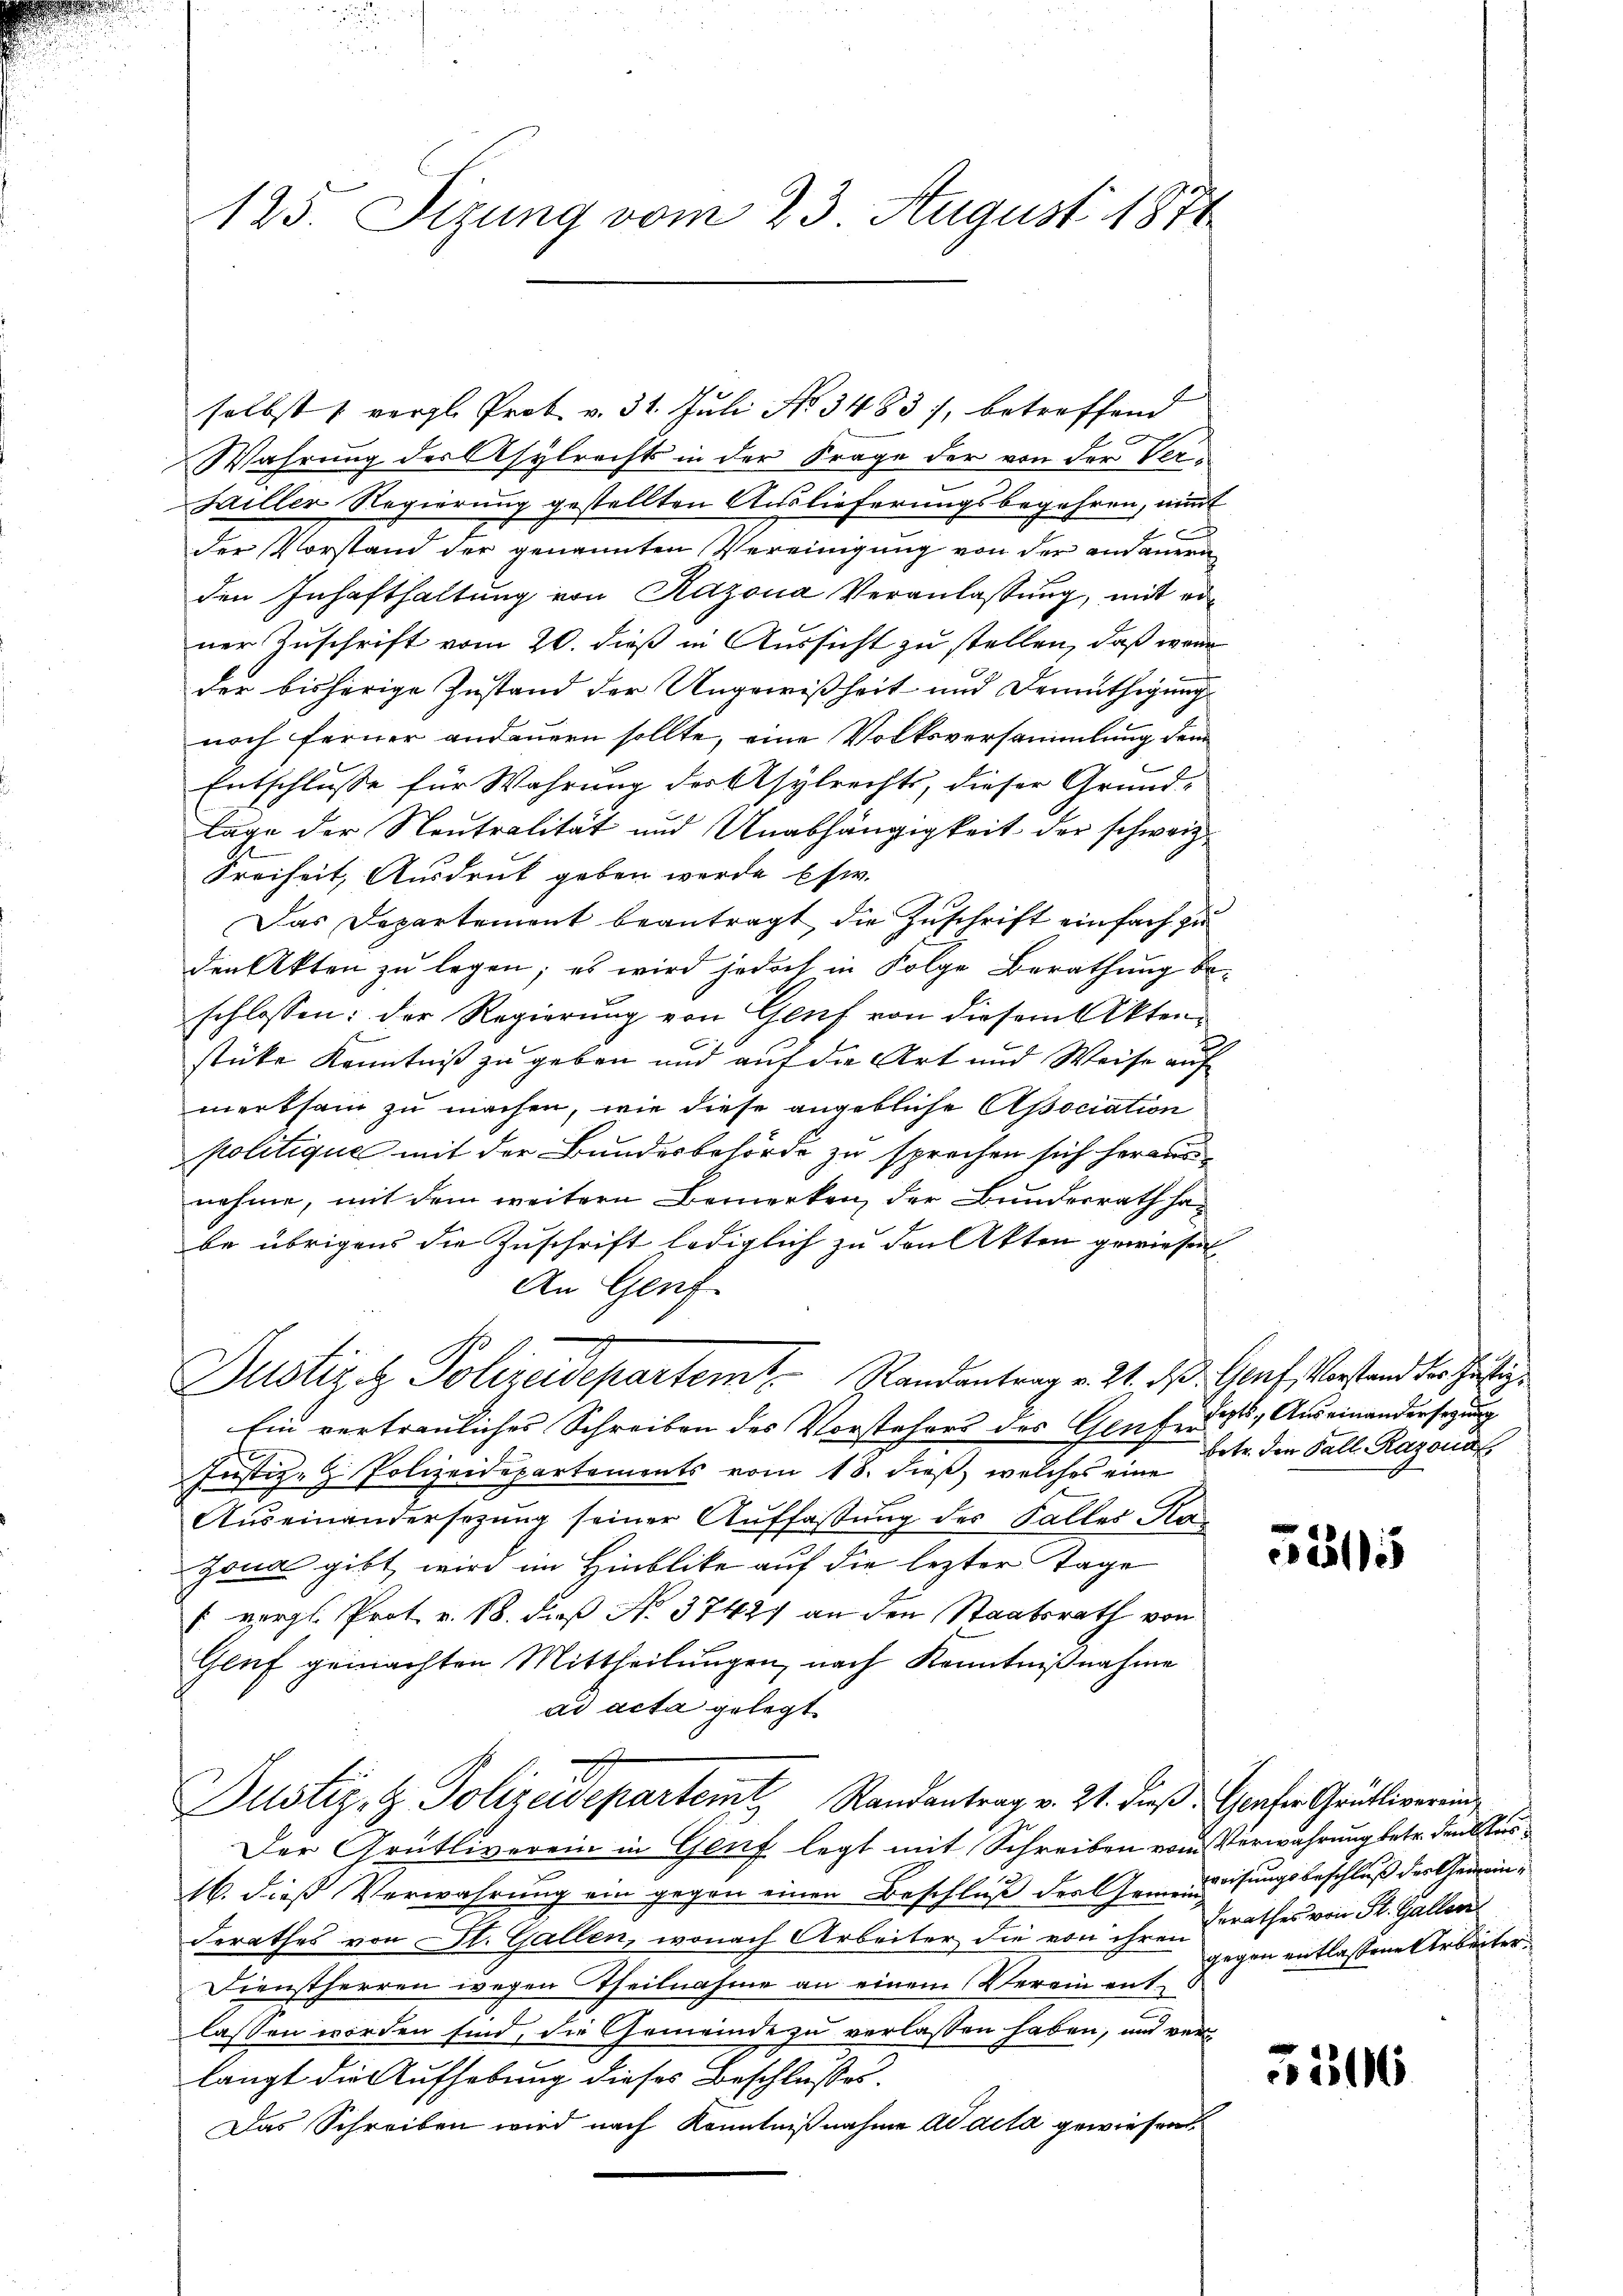
125. Sizung vom 23. August 1871

selbst 1 vergl. Prot. v. 31. Juli No 3483), betreffend
Wahrung des Asylrechts in der Frage der von der Verhailler Regierung gestellten Auslieferungsbegehren, nimmt
der Vorstand der genannten Vereinigung von der andauern
den Inhafthaltung von Razona Veranlassung, mit erner Zuschrift vom 20. dieß in Aussicht zu stellen, daß wenn
der bisherige Zustand der Ungewißheit und Demüthigung
noch ferner andauern sollte, eine Volksversammlung dem
Entschlusse für Wahrung des Asylrechts, dieser Grund-
lage der Neutralität und Unabhängigkeit der schweiz
Freiheit, Ausdruck geben werde Esw.
Das Departement beantragt, die Zuschrift einfach zu
den Akten zu legen; es wird jedoch in Folge Berathung beschlossen: der Regierung von Genf von diesem Aktenstüke Kenntniß zu geben und auf die Art und Weise auf
merksam zu machen, wie diese angebliche Apociation
politique mit der Bundesbehörde zu sprechen sich heraus
nehme, mit dem weitern Bemerken, der Bunderrath ha
be übrigens die Zuschrift lediglich zu den Akten gewiesen
An Genf
d
Justiz- & Polizeidepartem Randantrag v. 21. d. Graf, Vorstand der Justiz¬
Ein vertrauliches Schreiben des Vorstehers des Genferit, Auseinandersezung
Justiz- & Polizeidepartements vom 18. dieß, welches eine
Auseinandersezung seiner Auffassung des Falles Ra¬
Jona gibt wird im Hinblike auf die lezter Tage
f vergl. Prot. v. 18. dieß No. 37427 an den Staatsrath von
Genf gemachten Mittheilungen, nach Kenntnißnahme
ad acta gelegt
Justiz- & Polizeideparteil Randantrag v. 21. dieß Greser Grütliverein
Der Grütliverein in Genf legt mit Schreiben vom Verwahrung betr. den Aus¬
16. dieß Verwahrung ein gegen einen Beschluß der Gemeindsungsbeschluß des Gemeinderathes von St. Gallen, wonach Arbeiter die von ihrendrathes von St. Galler
Dienstherren wegen Theilnahme an einem Verein entlassen worden sind, die Gemeinde zu verlassen haben, und verlangt die Aufhebung dieses Beschlusses.
Das Schreiben wird nach Kenntnißnahme ad acta gewiesen

betr. den Fall Razona

2

5315

gegen entlassene Arbeiter

316